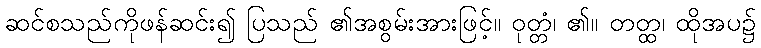
ဆင်စသည်ကိုဖန်ဆင်း၍ ပြသည် ၏အစွမ်းအားဖြင့်။ ဝုတ္တံ၊ ၏။ တတ္ထ၊ ထိုအပ၌